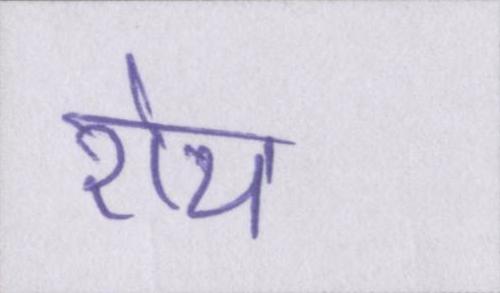
रोय